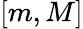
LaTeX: [m,M]